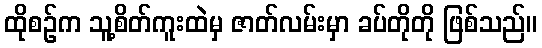
ထိုစဉ်က သူ့စိတ်ကူးထဲမှ ဇာတ်လမ်းမှာ ခပ်တိုတို ဖြစ်သည်။